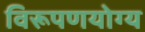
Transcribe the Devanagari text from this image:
विरूपणयोग्य